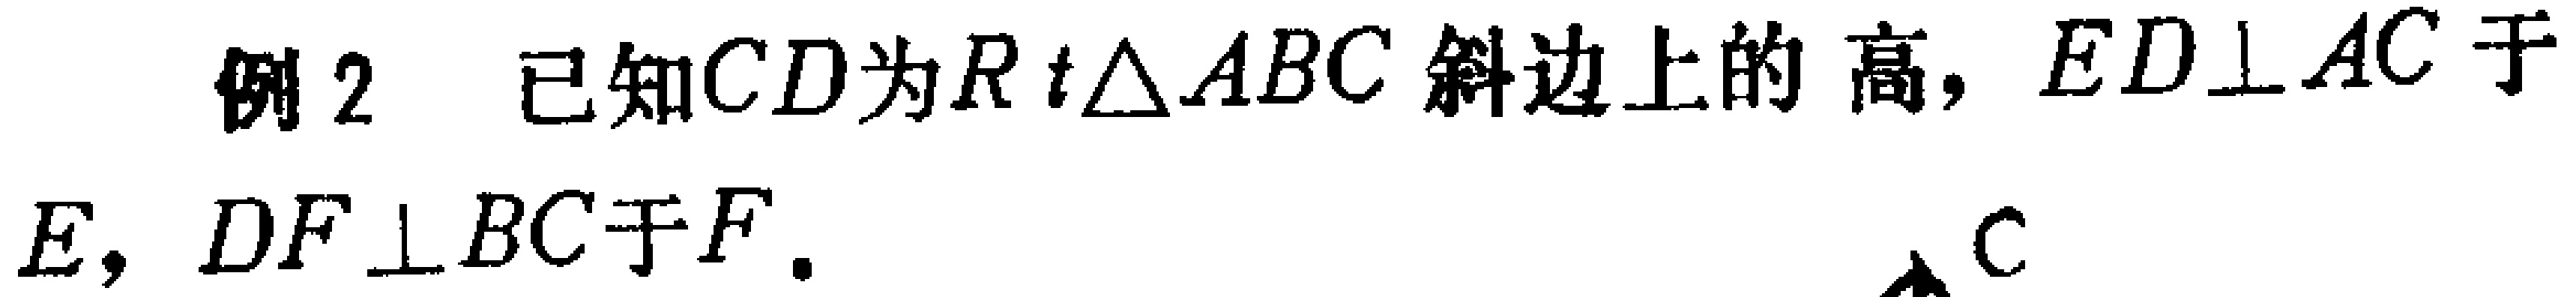
例2 已知\(CD\)为\(Rt\triangle ABC\)斜边上的高，\(ED\perp AC\)于\(E\)，\(DF\perp BC\)于\(F\).